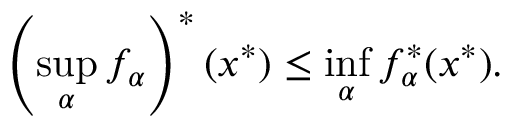
\left( \operatorname* { s u p } _ { \alpha } f _ { \alpha } \right) ^ { * } ( x ^ { * } ) \leq \operatorname* { i n f } _ { \alpha } f _ { \alpha } ^ { * } ( x ^ { * } ) .